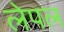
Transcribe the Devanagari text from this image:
लेपल